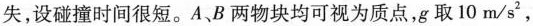
失，设碰撞时间很短。A、B两物块均可视为质点，g取10m/s^{2}，